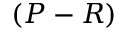
\left( P - R \right)